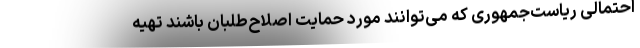
احتمالی ریاست‌جمهوری که می‌توانند مورد حمایت اصلاح‌طلبان باشند تهیه